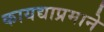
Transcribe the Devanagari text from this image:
कायद्याप्रमाने